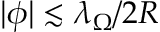
| \boldsymbol { \phi } | \lesssim \lambda _ { \Omega } / 2 R